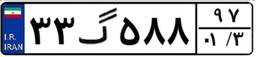
۳۳گ۵۸۸۹۷